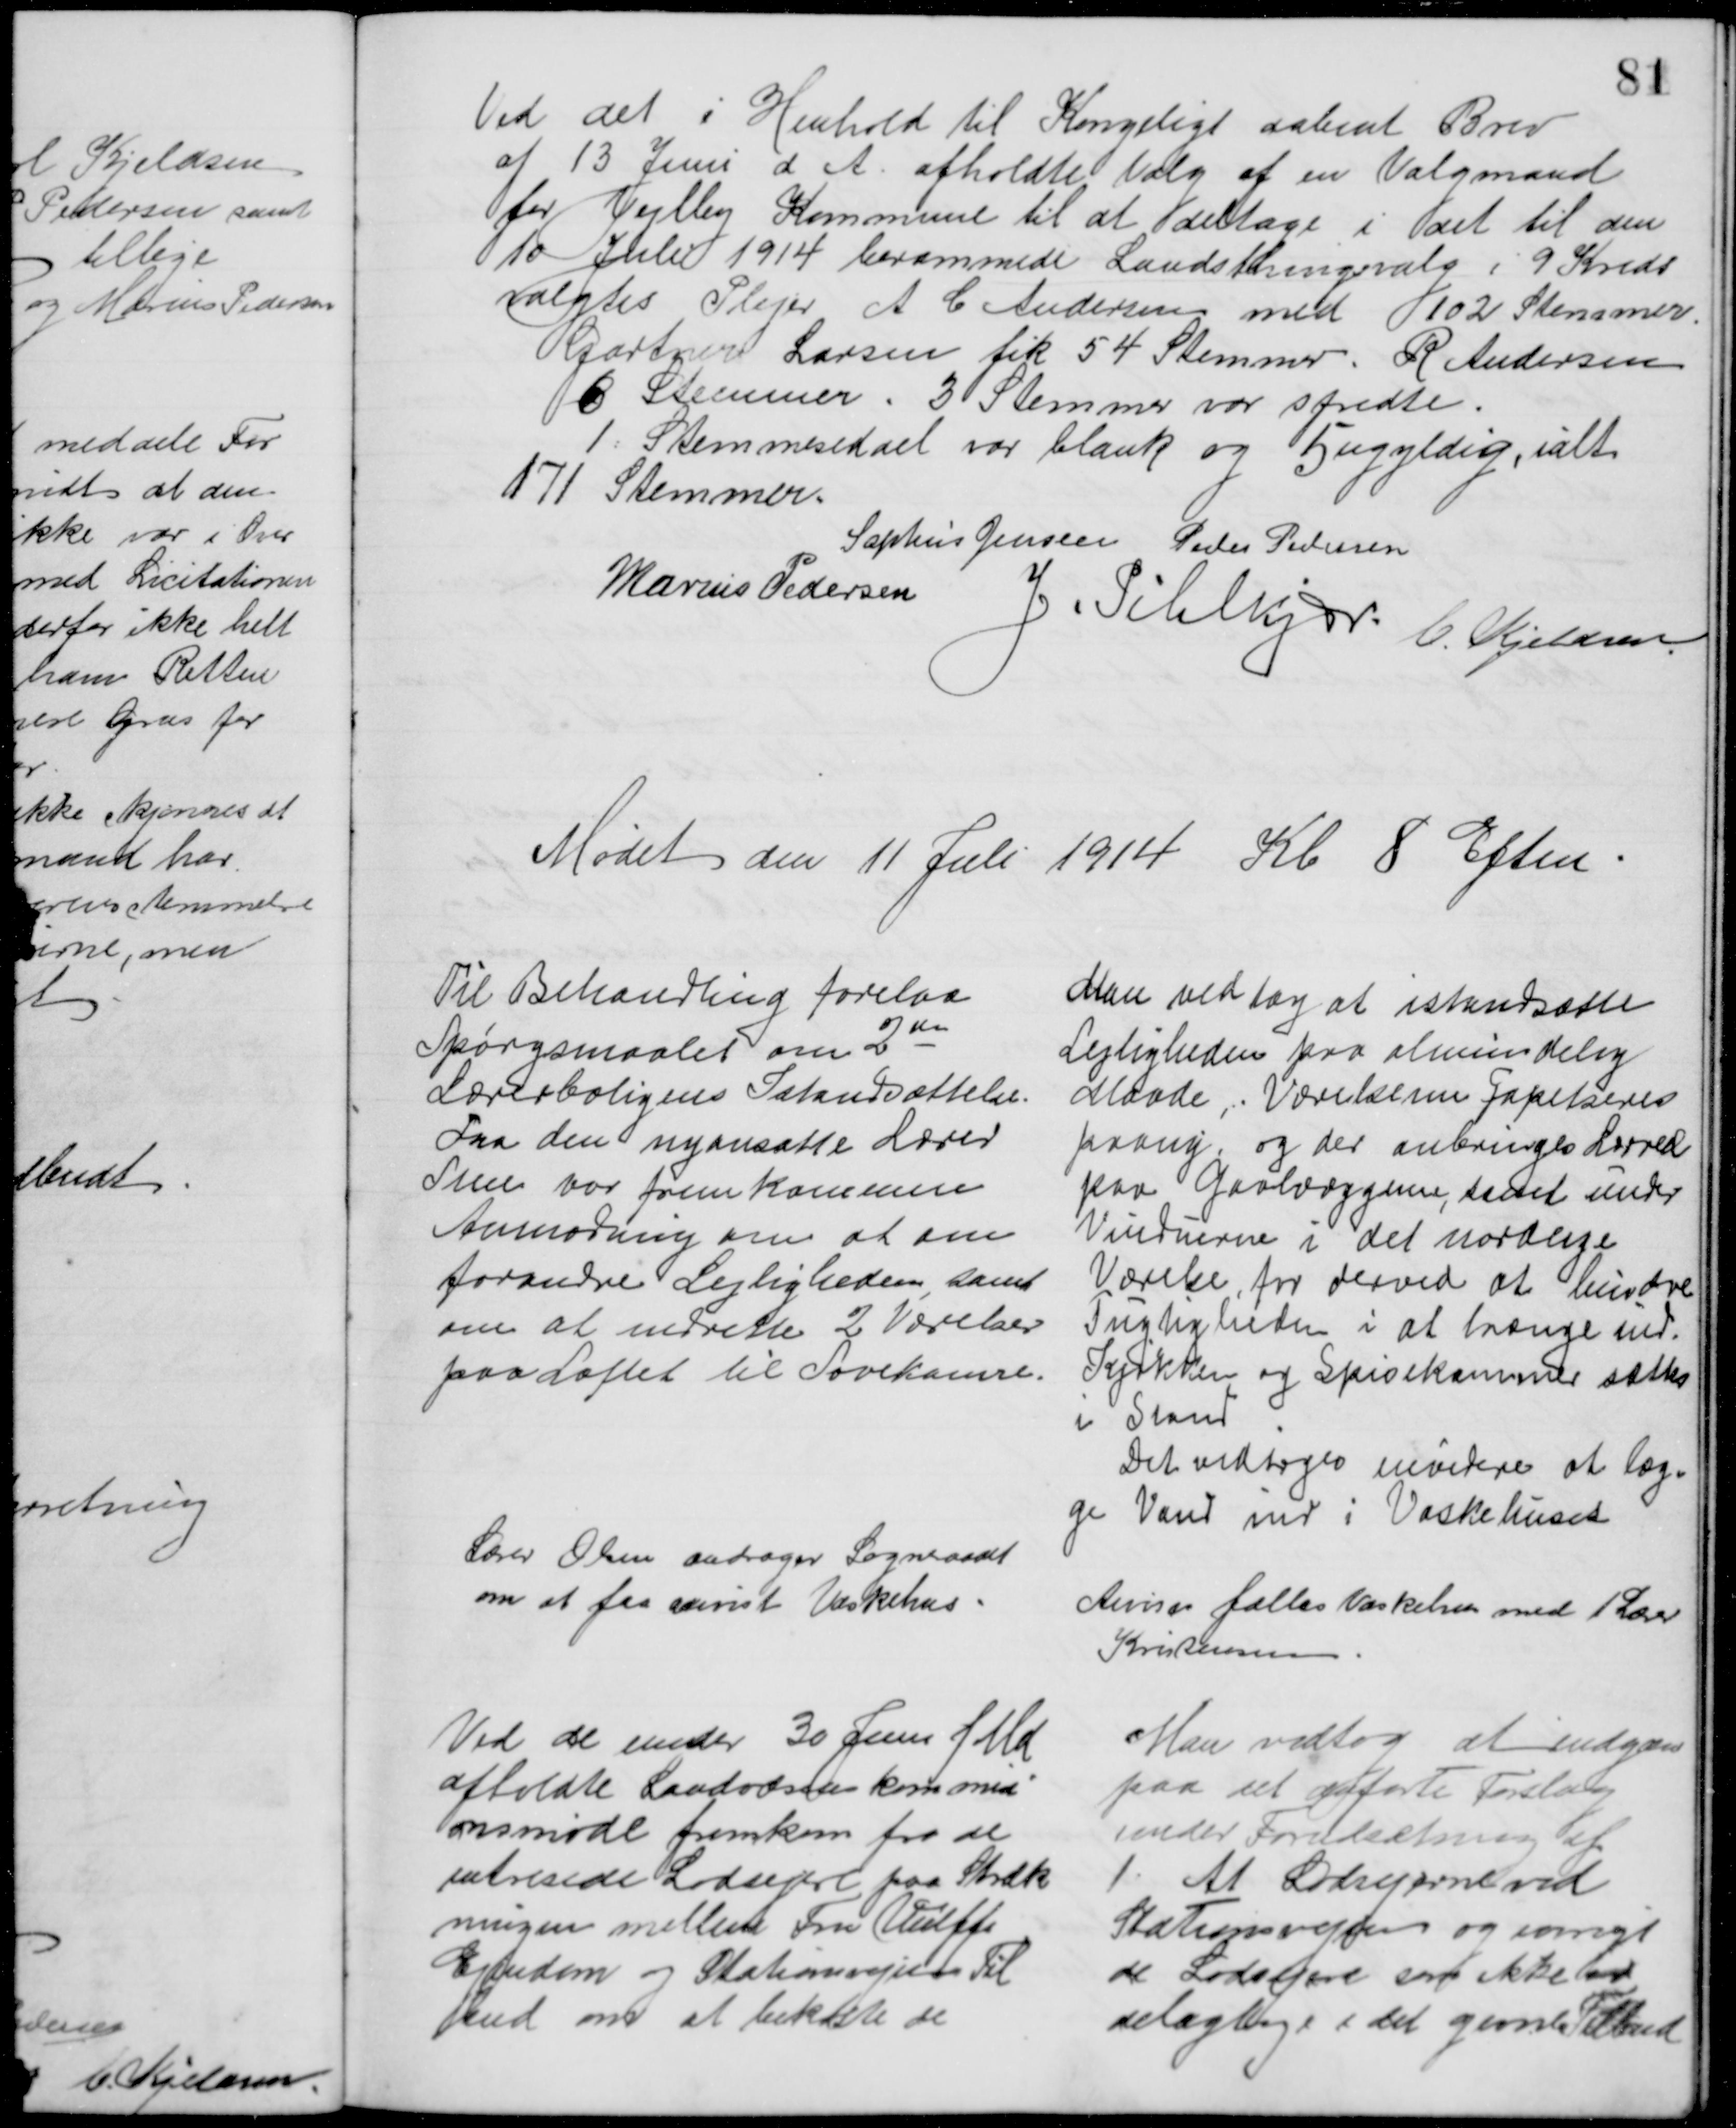
Transskription:
Ved det i Henhold til Kongeligt aabent Brev
af 13 Juni d. A. afholdte Valg af en Valgmand
for Vejlby Kommune til at deltage i det til den
10 Juli 1914 berammede Landsthingsvalg i 9 Kreds
valgtes Plejer A. C Andersen med 102 Stemmer.
Gartner Larsen fik 54 Stemmer. R Andersen
6 Stemmer. 3 Stemmer var spredte.
1 Stemmeseddel var blank og 5 ugyldig, ialt
171 Stemmer.
Sophus Jensen Peder Pedersen
Marius Pedersen
J. Pihlkjær C. Kjeldsen
Mødet den 11 Juli 1914 Kl 8 Eftm
Til Behandling forelaa
Spørgsmaalet om 2den
Lærerboligens Istandsættelse.
Fra den nyansatte Lærer
Steen var fremkommen
Anmodning om at om
forandre Lejligheden samt
om at indrette 2 Værelser
paa Loftet til Sovekamre.
Man vedtog at istandsætte
Lejligheden paa almindelig
Maade. Værelserne Tapetseres
paany, og der anbringes Lærred
paa Gavlvæggerne, samt under
Vinduerne i det nordlige
Værelse for derved at hindre
Fugtigheden i at trænge ind.
Kjøkken og Spisekammer sættes
i Stand
Det vedtoges endvidere at læg=
ge Vand ind i Vaskehuset
Lærer Olsen andrager Sogneraadet
om at faa anvist Vaskehus
Anvises fælles Vaskehus med 1 Lærer
Kristensen
Ved de under 30 Juni f. Md.
afholdte Landvæsenkommisi 
onsmøde fremkom fra de
intresede Lodsejere paa Stræk
ningen mellem Fru Vulffs
Ejendom og Stationsvejen Til
bud om at bekoste de
Man vedtog at indgaa
paa det anførte Forslag
under Forudsætning af
1. At Lodsejerne ved
Stationsvejen og iøvrigt
de Lodsejere som ikke er
delagtige i det gamle Tilbud